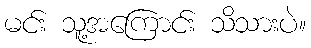
မင်း သူ့အကြောင်း သိသားပဲ။